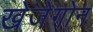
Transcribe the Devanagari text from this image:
खेजेगोन